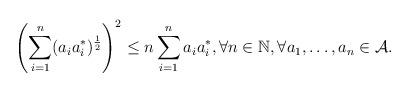
LaTeX: \begin{align*} \left(\sum_{i=1}^{n}(a_ia_i^*)^\frac{1}{2}\right)^2\leq n \sum_{i=1}^{n}a_ia_i^*, \forall n \in \mathbb{N}, \forall a_1, \dots, a_n \in \mathcal{A}. \end{align*}